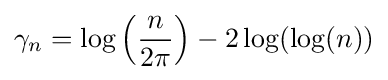
\gamma _{n}=\log \left({\frac {n}{2\pi }}\right)-2\log(\log(n))